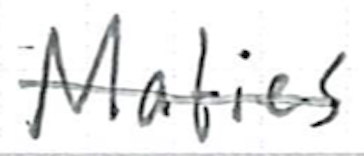
Text: Maties
Cross-out: single-line
Writing tool: ballpoint